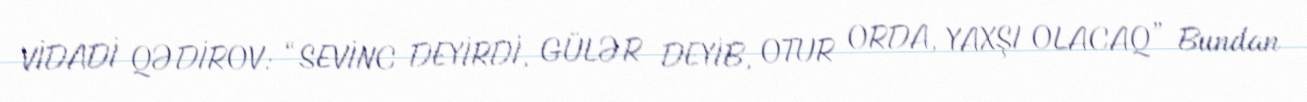
VİDADİ QƏDİROV: “SEVİNC DEYİRDİ, GÜLƏR DEYİB, OTUR ORDA, YAXŞI OLACAQ” Bundan